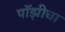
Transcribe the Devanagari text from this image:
पॉझीचा